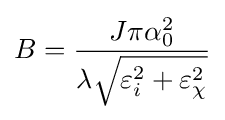
B={\frac {J\pi \alpha _{0}^{2}}{\lambda {\sqrt {\varepsilon _{i}^{2}+\varepsilon _{\chi }^{2}}}}}